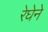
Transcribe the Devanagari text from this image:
रेघेने